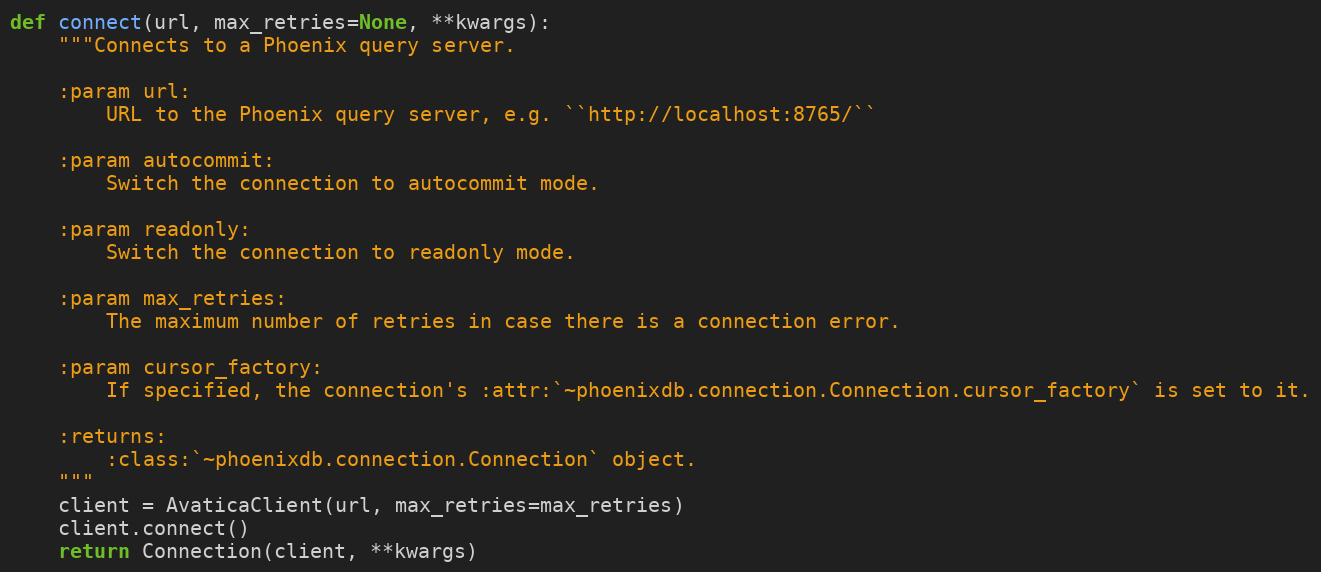
Language: Python
def connect(url, max_retries=None, **kwargs):
    """Connects to a Phoenix query server.

    :param url:
        URL to the Phoenix query server, e.g. ``http://localhost:8765/``

    :param autocommit:
        Switch the connection to autocommit mode.

    :param readonly:
        Switch the connection to readonly mode.

    :param max_retries:
        The maximum number of retries in case there is a connection error.

    :param cursor_factory:
        If specified, the connection's :attr:`~phoenixdb.connection.Connection.cursor_factory` is set to it.

    :returns:
        :class:`~phoenixdb.connection.Connection` object.
    """
    client = AvaticaClient(url, max_retries=max_retries)
    client.connect()
    return Connection(client, **kwargs)